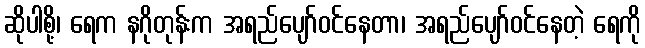
ဆိုပါစို့၊ ရေက နဂိုတုန်းက အရည်ပျော်ဝင်နေတာ၊ အရည်ပျော်ဝင်နေတဲ့ ရေကို